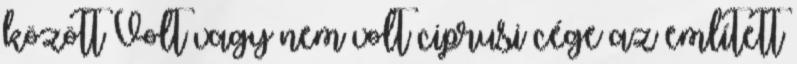
között Volt vagy nem volt ciprusi cége az említett